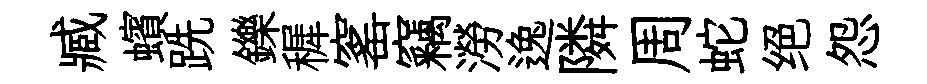
臧蠙跣鑠穉窰竊澇逸隣周蛇绝怨